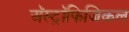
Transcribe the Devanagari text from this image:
अॅस्ट्रॉफिजिकल